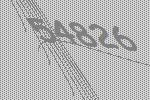
54826